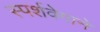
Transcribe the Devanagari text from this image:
स्पर्शवेगाने